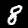
Digit: 8